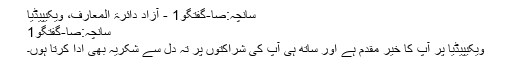
سانچہ:صا-گفتگو1 - آزاد دائرۃ المعارف، ویکیپیڈیا
سانچہ:صا-گفتگو1
ویکیپیڈیا پر آپ کا خیر مقدم ہے اور ساتھ ہی آپ کی شراکتوں پر تہ دل سے شکریہ بھی ادا کرتا ہوں۔